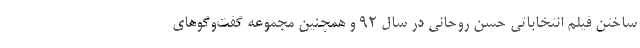
ساختن فیلم انتخاباتی حسن روحانی در سال 92 و همچنین مجموعه گفت‌وگوهای